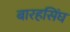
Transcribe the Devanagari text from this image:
बारहसिंघ